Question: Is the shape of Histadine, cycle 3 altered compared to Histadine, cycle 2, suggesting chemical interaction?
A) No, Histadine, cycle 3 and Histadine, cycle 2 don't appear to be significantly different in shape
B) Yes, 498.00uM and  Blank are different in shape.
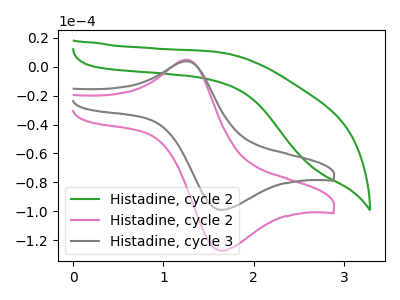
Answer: <think>The green curve "Histadine, cycle 2" has no peaks. The pink curve "Histadine, cycle 2" has an anodic peak at (1.25V, 4.85uA) and a cathodic peak at (1.65V, -127.10uA). The gray curve "Histadine, cycle 3" has an anodic peak at (1.25V, 3.75uA) and a cathodic peak at (1.65V, -98.95uA).
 All the peaks in "Histadine, cycle 3" have a peak in "Histadine, cycle 2" at the same potential. Every peak in "Histadine, cycle 3" is lower than every peak in "Histadine, cycle 2".</think>
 <answer>A) No, "Histadine, cycle 3" and "Histadine, cycle 2" don't appear to be significantly different in shape</answer>
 <eval>A</eval>